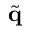
\tilde { \mathbf { q } }